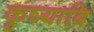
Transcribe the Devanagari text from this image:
कृष्यादि